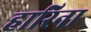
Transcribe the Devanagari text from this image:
हारिना